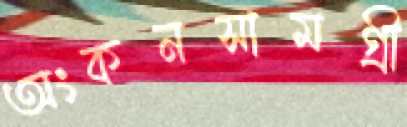
অংকনসামগ্রী